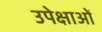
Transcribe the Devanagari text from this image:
उपेक्षाअों